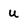
Character: u